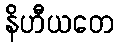
နိဟီယတေ